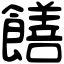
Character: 饍